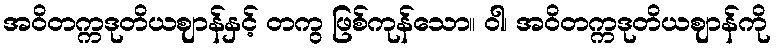
အဝိတက္ကဒုတိယဈာန်နှင့် တကွ ဖြစ်ကုန်သော။ ဝါ၊ အဝိတက္ကဒုတိယဈာန်ကို